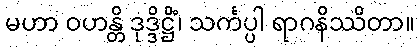
မဟာ ဝဟန္တိ ဒုဒ္ဒိဋ္ဌိံ၊ သင်္ကပ္ပါ ရာဂနိဿိတာ။